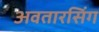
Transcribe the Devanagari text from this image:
अवतारसिंग